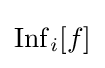
\operatorname {Inf} _{i}[f]